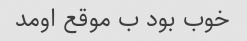
خوب بود ب موقع اومد